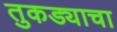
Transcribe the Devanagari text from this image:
तुकड्याचा